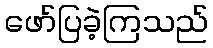
ဖော်ပြခဲ့ကြသည်